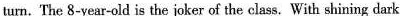
turn, The 8-year-old is the joker of the class, With shining dark